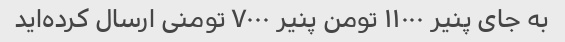
به جای پنیر ۱۱۰۰۰ تومن پنیر ۷۰۰۰ تومنی ارسال کرده‌اید